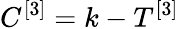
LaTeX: C^{[3]}=k-T^{[3]}